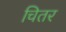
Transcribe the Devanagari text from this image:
चितर